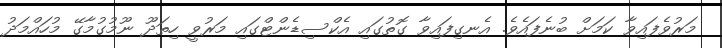
މަރުވެފައިވާ ކަމަށް ބުނެފައެވެ. އެނގިފައިވާ ގޮތުގައި އެކްސިޑެންޓްގައި މަރުވީ ހިތަދޫ ނޫމުގުމާގޭ މުހައްމަދު